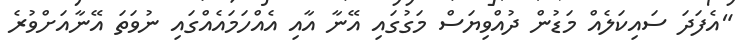
"އެފަދަ ސައިކަލެއް މަޑުން ދުއްވިޔަސް މަގުގައި އޭނާ އާއި އެއްހަމައެއްގައި ނުވަތަ އޭނާއަށްވުރެ